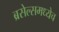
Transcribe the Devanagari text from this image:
ब्रसेल्समध्येच